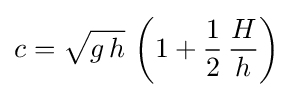
c={\sqrt {g\,h}}\,\left(1+{\frac {1}{2}}\,{\frac {H}{h}}\right)